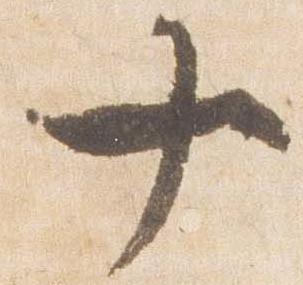
十